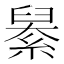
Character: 𦦆